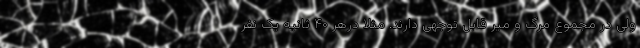
ولی در مجموع مرگ و میر قابل توجهی دارند. مثلا درهر ۴۰ ثانیه یک نفر